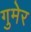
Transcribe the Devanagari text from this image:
गुमेर